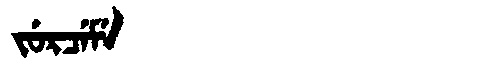
Manchu: ᠵᡠᡵᠴᡝᠮᡝ
Romanization: JURCEME